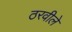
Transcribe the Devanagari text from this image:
ठरवीले